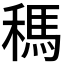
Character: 𥡗